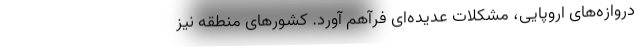
دروازه‌های اروپایی، مشکلات عدیده‌ای فرآهم آورد. کشورهای منطقه نیز